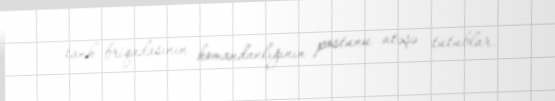
tank briqadasının komandanlığının postunu atəşə tutublar.